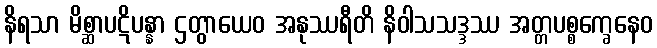
နိရသာ မိစ္ဆာပဋိပန္နာ ဌတွာယေဝ အနုဿရီတိ နိဝါသသဒ္ဒဿ အတ္တပစ္စက္ခေနေဝ